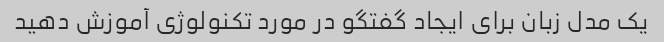
یک مدل زبان برای ایجاد گفتگو در مورد تکنولوژی آموزش دهید